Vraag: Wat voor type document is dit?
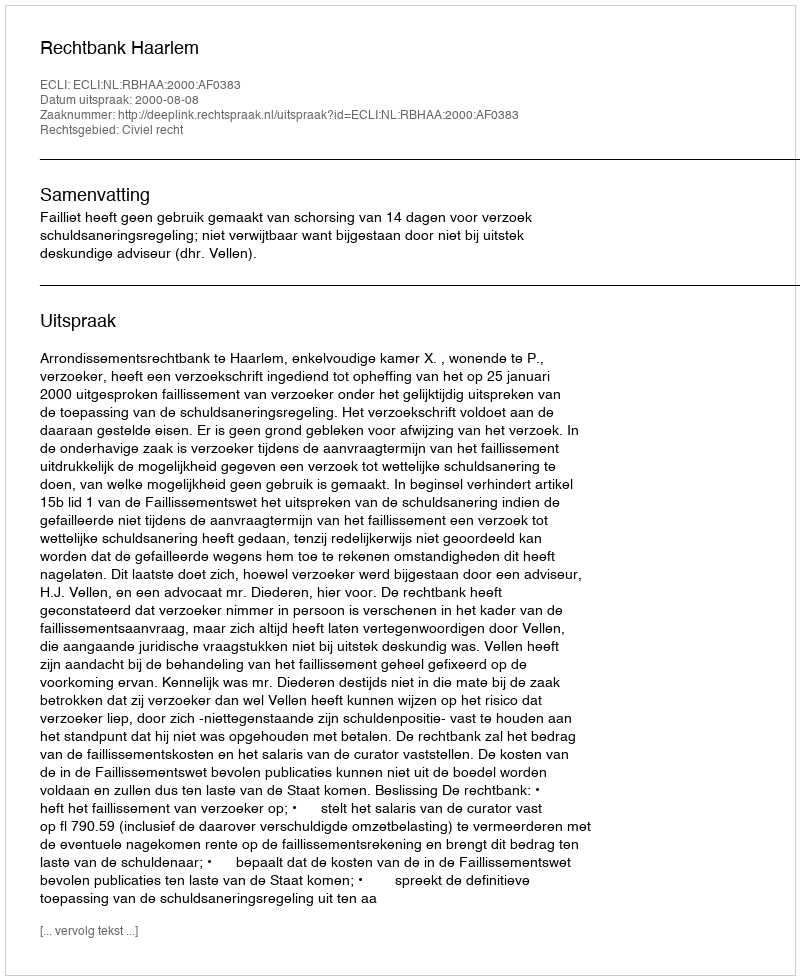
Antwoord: Uitspraak